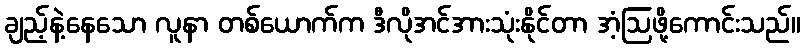
ချည့်နဲ့နေသော လူနာ တစ်ယောက်က ဒီလိုအင်အားသုံးနိုင်တာ အံ့ဩဖို့ကောင်းသည်။